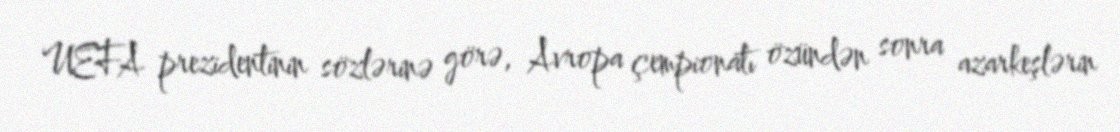
UEFA prezidentinin sözlərinə görə, Avropa çempionatı özündən sonra azarkeşlərin